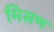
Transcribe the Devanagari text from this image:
मिसण